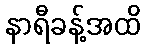
နာရီခန့်အထိ